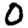
Digit: 0